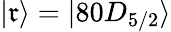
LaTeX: |\mathfrak{r}\rangle=|80D_{5/2}\rangle